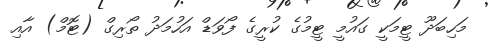
މަހިބަދޫ ޓީމަކީ ގައުމީ ޓީމުގެ ކުރީގެ ފޯވަޑް އަހުމަދު ތޯރިގް (ޓޮމް) އާއި